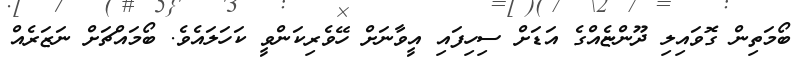
ބޯމަތިން ގޮވައިލި ދޫންޏެއްގެ އަޑަށް ސިހިފައި އީވާނަށް ހޭވެރިކަންވީ ކަހަލައެވެ. ބޯމައްޗަށް ނަޒަރެއް